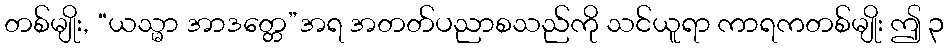
တစ်မျိုး, “ယသ္မာ အာဒတ္တေ”အရ အတတ်ပညာစသည်ကို သင်ယူရာ ကာရကတစ်မျိုး ဤ ၃